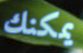
يمكنك